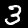
Label: 3